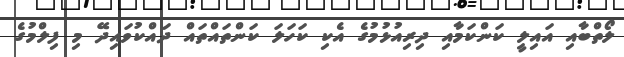
ލޯތްބާއި އައިލީ ކަންކަމާއި ދިރިއުޅުމުގެ އެކި ކަހަލަ ކަންތައްތައް ދައްކުވައިދޭ މި ފިލްމުގެ